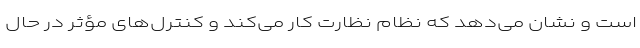
است و نشان می‌دهد که نظام نظارت کار می‌کند و کنترل‌های مؤثر در حال